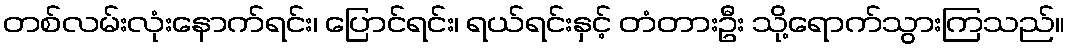
တစ်လမ်းလုံးနောက်ရင်း၊ ပြောင်ရင်း၊ ရယ်ရင်းနှင့် တံတားဦး သို့ရောက်သွားကြသည်။